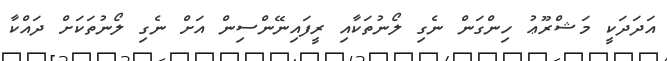
އަދަދަކީ މަޝްރޫޢު ހިންގަން ނެގި ލޯނުތަކާއި ރީފައިނޭންސިން އަށް ނެގި ލޯނުތަކަށް ދައްކާ